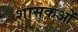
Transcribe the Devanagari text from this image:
शासकओं